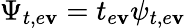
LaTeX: \Psi_{t,e\mathbf{v}}=t_{e\mathbf{v}}\psi_{t,e\mathbf{v}}